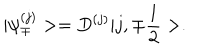
| { \psi } _ { \mp } ^ { ( j ) } > = D ^ { ( j ) } | j , { \mp } \frac { 1 } { 2 } > .